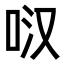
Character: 𭇙